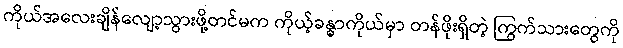
ကိုယ်အလေးချိန်လျော့သွားဖို့တင်မက ကိုယ့်ခန္ဓာကိုယ်မှာ တန်ဖိုးရှိတဲ့ ကြွက်သားတွေကို